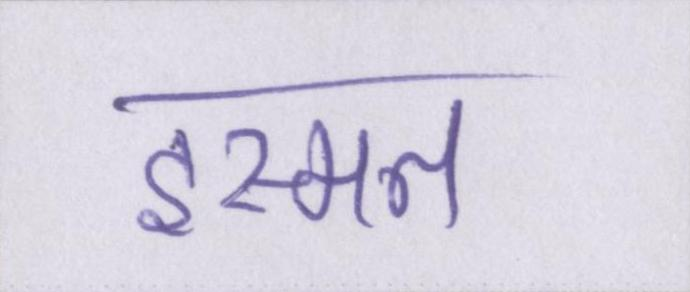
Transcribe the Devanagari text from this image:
इस्मत